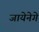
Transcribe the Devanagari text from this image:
जायेनेगे